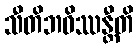
သီတိဘဝိဿန္တီတိ